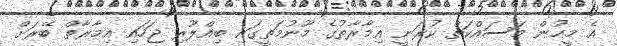
އެ މީހުން މަސައްކަތް ކުރަނީ އިމާރާތުގެ މޫނުމަތީގައި ބިއްލޫރި ޖަހައި އިމާރާތް ބޭރަށް